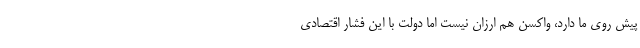
پیش روی ما دارد، واکسن هم ارزان نیست اما دولت با این فشار اقتصادی